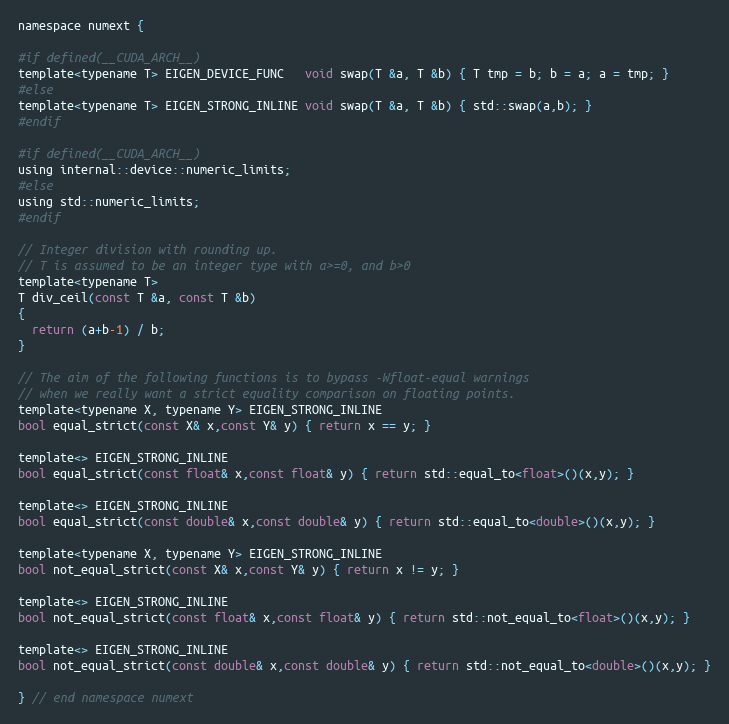
Language: C
namespace numext {

#if defined(__CUDA_ARCH__)
template<typename T> EIGEN_DEVICE_FUNC   void swap(T &a, T &b) { T tmp = b; b = a; a = tmp; }
#else
template<typename T> EIGEN_STRONG_INLINE void swap(T &a, T &b) { std::swap(a,b); }
#endif

#if defined(__CUDA_ARCH__)
using internal::device::numeric_limits;
#else
using std::numeric_limits;
#endif

// Integer division with rounding up.
// T is assumed to be an integer type with a>=0, and b>0
template<typename T>
T div_ceil(const T &a, const T &b)
{
  return (a+b-1) / b;
}

// The aim of the following functions is to bypass -Wfloat-equal warnings
// when we really want a strict equality comparison on floating points.
template<typename X, typename Y> EIGEN_STRONG_INLINE
bool equal_strict(const X& x,const Y& y) { return x == y; }

template<> EIGEN_STRONG_INLINE
bool equal_strict(const float& x,const float& y) { return std::equal_to<float>()(x,y); }

template<> EIGEN_STRONG_INLINE
bool equal_strict(const double& x,const double& y) { return std::equal_to<double>()(x,y); }

template<typename X, typename Y> EIGEN_STRONG_INLINE
bool not_equal_strict(const X& x,const Y& y) { return x != y; }

template<> EIGEN_STRONG_INLINE
bool not_equal_strict(const float& x,const float& y) { return std::not_equal_to<float>()(x,y); }

template<> EIGEN_STRONG_INLINE
bool not_equal_strict(const double& x,const double& y) { return std::not_equal_to<double>()(x,y); }

} // end namespace numext